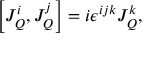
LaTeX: \left[ J _ { Q } ^ { i } , J _ { Q } ^ { j } \right] = i \epsilon ^ { i j k } J _ { Q } ^ { k } ,